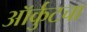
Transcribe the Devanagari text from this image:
ऑर्कुटचा